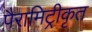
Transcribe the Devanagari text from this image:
पैरामिट्रीकृत